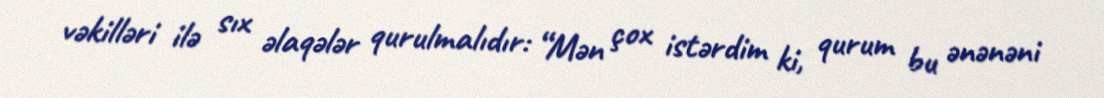
vəkilləri ilə sıx əlaqələr qurulmalıdır: “Mən çox istərdim ki, qurum bu ənənəni